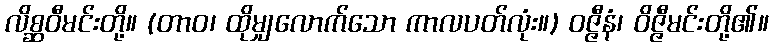
လိစ္ဆဝီမင်းတို့။ (တာဝ၊ ထိုမျှလောက်သော ကာလပတ်လုံး။) ဝဇ္ဇီနံ၊ ဝိဇ္ဇီမင်းတို့၏။